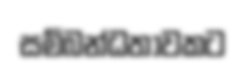
සම්බන්ධතාවකට